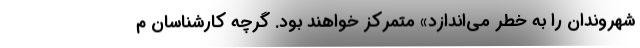
شهروندان را به خطر می‌اندازد» متمرکز خواهند بود. گرچه کارشناسان م